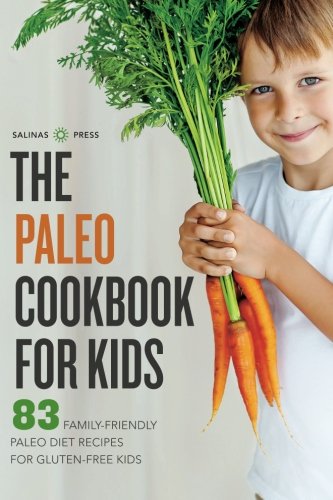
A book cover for Paleo Cookbook for Kids: 83 Family-Friendly Paleo Diet Recipes for Gluten-Free Kids; Salinas Press; Cookbooks, Food & Wine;